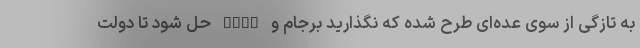
به تازگی از سوی عده‌ای طرح شده که نگذارید برجام و FATF حل شود تا دولت